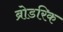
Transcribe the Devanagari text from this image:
ब्रोडरिक